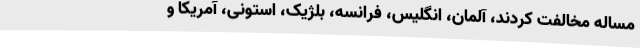
مساله مخالفت کردند، آلمان، انگلیس، فرانسه، بلژیک، استونی، آمریکا و